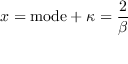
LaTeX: x = { \mathrm { m o d e } } + \kappa = { \frac { 2 } { \beta } }